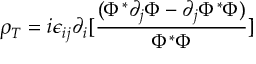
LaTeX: \rho _ { T } = i \epsilon _ { i j } \partial _ { i } [ { \frac { ( \Phi ^ { * } \partial _ { j } \Phi - \partial _ { j } \Phi ^ { * } \Phi ) } { \Phi ^ { * } \Phi } } ]